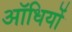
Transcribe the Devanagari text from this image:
ऑधियों